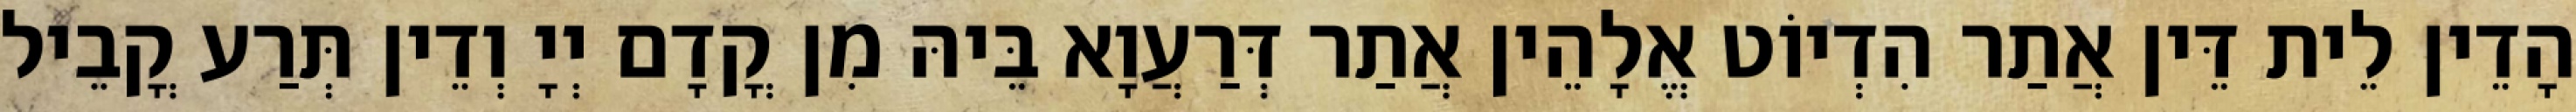
הָדֵין לֵית דֵּין אֲתַר הִדְיוֹט אֱלָהֵין אֲתַר דְּרַעֲוָא בֵּיהּ מִן קֳדָם יְיָ וְדֵין תְּרַע קֳבֵיל